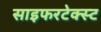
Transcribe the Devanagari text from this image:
साइफरटेक्स्ट